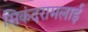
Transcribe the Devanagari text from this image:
सिकंदरामलाई